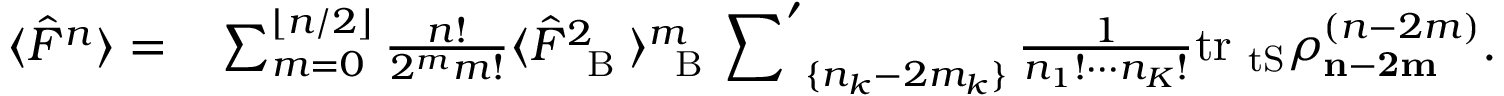
\begin{array} { r l } { \! \! \langle \hat { F } ^ { n } \rangle = } & { { } \sum _ { m = 0 } ^ { \lfloor n / 2 \rfloor } \frac { n ! } { 2 ^ { m } m ! } \langle { \hat { F } } _ { \mathrm { ~ \tiny ~ B ~ } } ^ { 2 } \rangle _ { \mathrm { ~ \tiny ~ B ~ } } ^ { m } \sideset { } { ' } \sum _ { \{ n _ { k } - 2 m _ { k } \} } \frac { 1 } { n _ { 1 } ! \cdots n _ { K } ! } \mathrm { t r _ { \ t S } } \rho _ { \bf n - 2 m } ^ { ( n - 2 m ) } . } \end{array}